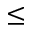
\le